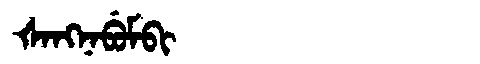
Manchu: ᡧᠠᠩᠨᠠᠪᡠᠮᠪᡳ
Romanization: ŠANGNABUMBI